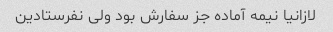
لازانیا نیمه آماده جز سفارش بود ولی نفرستادین